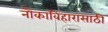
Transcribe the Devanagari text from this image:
नौकाविहारासाठी